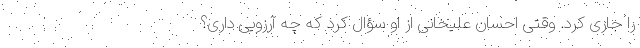
را جاری کرد. وقتی احسان علیخانی از او سؤال کرد که چه آرزویی داری؟